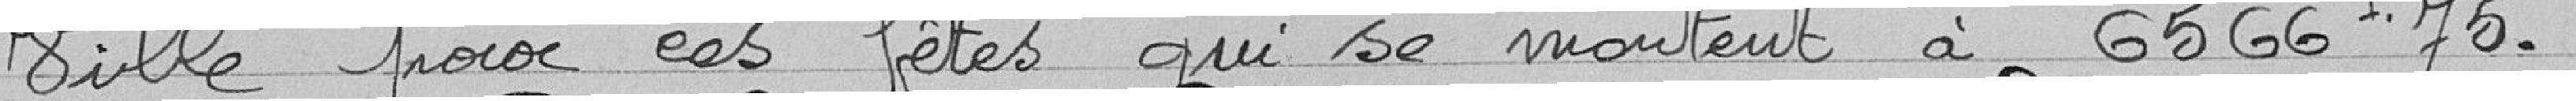
ville pour ces fêtes qui montent à 6566 francs 75.